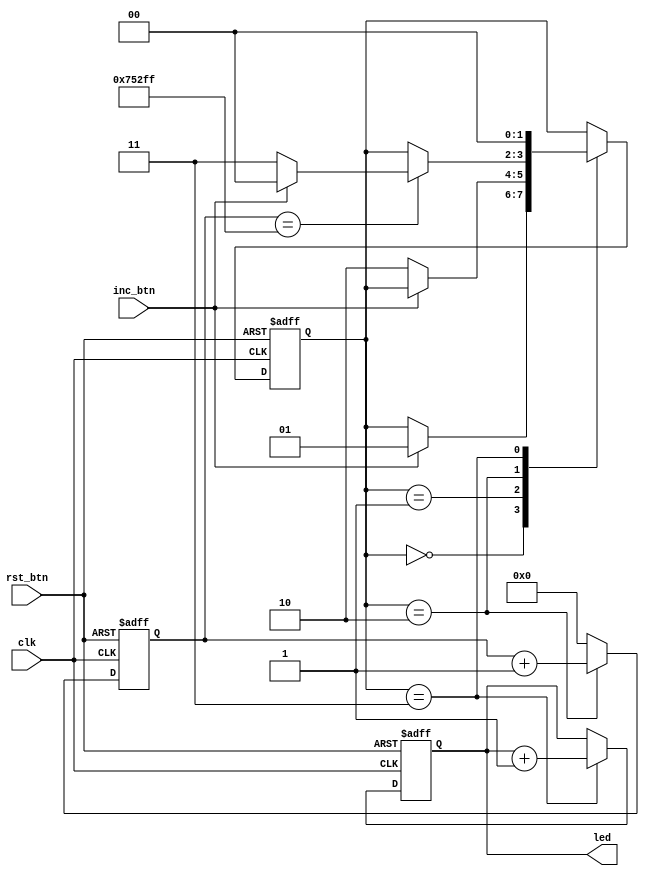
// One possible way to debounce a button press (using a Moore state machine)
// 
// Inputs:
//      clk         - 12 MHz clock
//      rst_btn     - pushbutton (RESET)
//      inc_btn     - pushbutton (INCREMENT)
// 
// Outputs:
//      led[3:0]    - LEDs (count from 0x0 to 0xf)
// 
// One press of the increment button should correspond to one and only one
// increment of the counter. Use a state machine to identify the edge on the
// button line, wait 40 ms, and sample again to see if the button is still
// pressed.


// Use a state machine to debounce the button, which increments a counter
module debounced_counter (

    // Inputs
    input               clk,
    input               rst_btn,
    input               inc_btn,
    
    // Outputs
    output  reg [3:0]   led
);

    // States
    localparam STATE_HIGH       = 2'd0;
    localparam STATE_LOW        = 2'd1;    
    localparam STATE_WAIT       = 2'd2;
    localparam STATE_PRESSED    = 2'd3;
    
    // Max counts for wait state (40 ms with 12 MHz clock)
    localparam MAX_CLK_COUNT    = 20'd480000 - 1;
    
    // Internal signals
    wire rst;
    wire inc;
    
    // Internal storage elements
    reg [1:0]   state;
    reg [19:0]  clk_count;
    
    // Invert active-low buttons
    assign rst = ~rst_btn;
    assign inc = ~inc_btn;
    
    // State transition logic
    always @ (posedge clk or posedge rst) begin
    
        // On reset, return to idle state and restart counters
        if (rst == 1'b1) begin
            state <= STATE_HIGH;
            led <= 4'd0;
            
        // Define the state transitions
        end else begin
            case (state)
            
                // Wait for increment signal to go from high to low
                STATE_HIGH: begin
                    if (inc == 1'b0) begin
                        state <= STATE_LOW;
                    end
                end
            
                // Wait for increment signal to go from low to high
                STATE_LOW: begin
                    if (inc == 1'b1) begin
                        state <= STATE_WAIT;
                    end
                end
                
                // Wait for count to be done and sample button again
                STATE_WAIT: begin
                    if (clk_count == MAX_CLK_COUNT) begin
                        if (inc == 1'b1) begin
                            state <= STATE_PRESSED;
                        end else begin
                            state <= STATE_HIGH;
                        end
                    end
                end
                
                // If button is still pressed, increment LED counter
                STATE_PRESSED: begin
                    led <= led + 1;
                    state <= STATE_HIGH;
                end
                
                    
                // Default case: return to idle state
                default: state <= STATE_HIGH;
            endcase
        end
    end
    
    // Run counter if in wait state
    always @ (posedge clk or posedge rst) begin
        if (rst == 1'b1) begin
            clk_count <= 20'd0;
        end else begin
            if (state == STATE_WAIT) begin
                clk_count <= clk_count + 1;
            end else begin
                clk_count <= 20'd0;
            end
        end
    end
    
endmodule